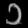
Digit: ၁